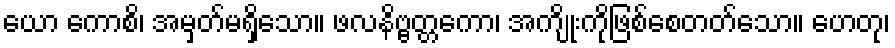
ယော ကောစိ၊ အမှတ်မရှိသော။ ဖလနိဗ္ဗတ္တကော၊ အကျိုးကိုဖြစ်စေတတ်သော။ ဟေတု၊